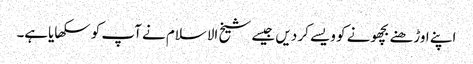
اپنے اوڑھنے بچھونے کو ویسے کر دیں جیسے شیخ الاسلام نے آپ کو سکھایاہے۔